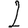
Digit: 2